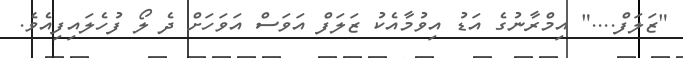
"ޒަލަފް...." އިމްރާނުގެ އަޑު އިވުމާއެކު ޒަލަފް އަވަސް އަވަހަށް ދެ ލޯ ފުހެލައިފިއެވެ.